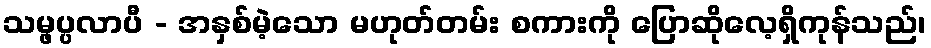
သမ္ဖပ္ပလာပီ - အနှစ်မဲ့သော မဟုတ်တမ်း စကားကို ပြောဆိုလေ့ရှိကုန်သည်၊